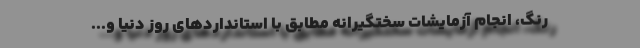
رنگ، انجام آزمایشات سختگیرانه مطابق با استانداردهای روز دنیا و...